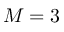
M = 3